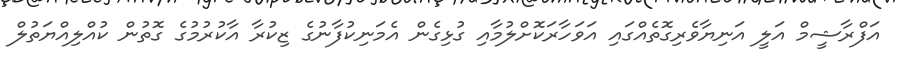
އަފްރާޝީމް އަލީ އަނިޔާވެރިގޮތެއްގައި އަވަހާރަކޮށްލުމާއި ގުޅިގެން އެމަނިކުފާނުގެ ޒިކުރާ އާކުރުމުގެ ގޮތުން ކުއްލިއްޔަތުލް